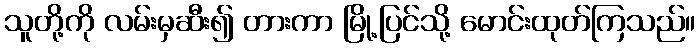
သူတို့ကို လမ်းမှဆီး၍ တားကာ မြို့ပြင်သို့ မောင်းထုတ်ကြသည်။